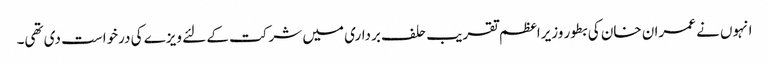
انہوں نے عمران خان کی بطور وزیراعظم تقریب حلف برداری میں شرکت کے لئے ویزے کی درخواست دی تھی۔